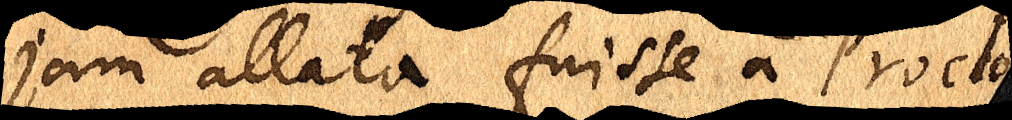
jam allata fuisse a Proclo